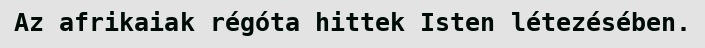
Az afrikaiak régóta hittek Isten létezésében.